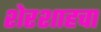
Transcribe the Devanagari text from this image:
शेरशाहचा